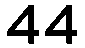
44